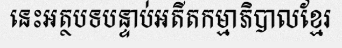
នេះអត្ថបទបន្ទាប់អតីតកម្មាភិបាលខ្មែរ